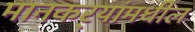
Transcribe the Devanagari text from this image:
मानकर्‍यांमधील